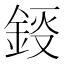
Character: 鋄